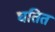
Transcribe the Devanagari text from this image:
घतित